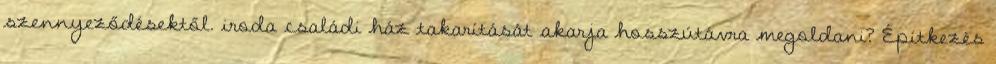
szennyeződésektől. iroda családi ház takarítását akarja hosszútávra megoldani? Építkezés